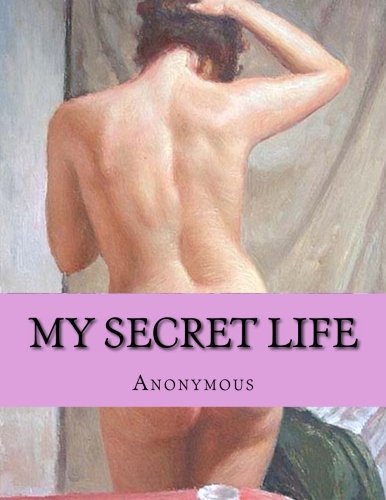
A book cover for My Secret Life; Anonymous; Romance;